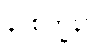
နာစိက္ခနာ